King Institute of Preventive Medicine Micro-Biological Section reports 1909-11
Year: 1909
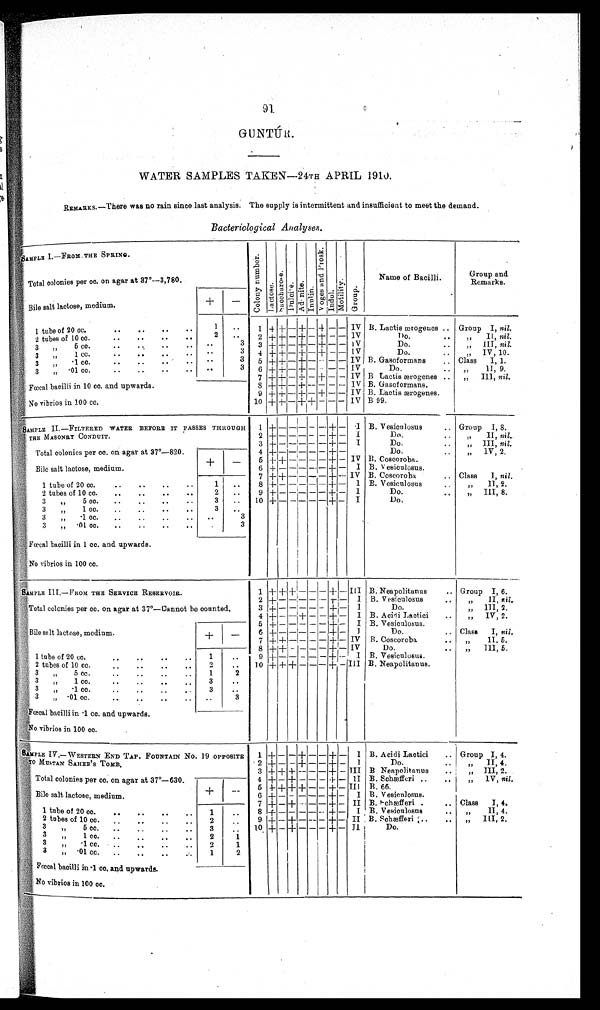
91
GUNTUR.
WATER SAMPLES TAKEN—24TH APRIL 1910.
REMARKS.—There was no rain since last analysis. The supply is intermittent and insufficient to meet the demand.
Bacteriological Analyses.
SAMPLE I.—FROM THE SPRING.
C o l o n y n u m b e r Lactose.Sa c c ha r os e .Dulcite.Adoni t e.Inulin.
V o g e s a n d P r o s k . Indol.Mot i l i t y.Group.
Name of Bacilli
Group and
Remarks.
Total colonies per cc. on agar at 37°—3,780.
Bile salt lactose, medium.
+ -
1 tube of 20 cc.
1
1 + + - + - + - -
I V B. Lactis ærogenes
Group I, nil.
2 tubes of 10 cc.
2
2 + + - + - + - -
I V
Do.
" II, nil.
3 " 5 cc.
3
3
+ + - + - + - -
I V
Do.
" III, nil.
3 " 1 cc.
3
4 + + - + - + - -
I V
Do.
" IV, 10.
3 " .1 cc.
3
5 + + - + - - - -
I V B. Gasoformans
Class I, 1.
3 " ·01 cc.
3
6 + + - + - - - -
I V
Do.
" II,9.
Fœcal bacilli in 10 cc. and upwards.
7 + + - + - + - -
I V B Lactis ærogenes
" III, nil.
8 + + - + - - - -
I V B. Gasoformans.
9 + + - + - + - -
I V B. Lactis ærogenes.
No vibrios in 100 cc.
10 + + - + + - -
-
I V B 99.
SAMPLE II.—FILTERED WATER BEFORE IT PASSES THROUGH
THE MASONRY CONDUIT.
1 + - - - - - + -
I B. Vesienlosus
Group I, 8.
2 + - - - - - + -
I
Do.
" II, nil.
Total colonies per cc. on agar at 37°—820.
3 + - - - - - + -
I
Do.
" III, nil.
4 + - - - - - + -
Do.
" 1V, 2.
Bile salt lactose, medium.
+
-
5 + + - - - - + -
I V B. Coscoroba.
6 + - - - - - + -
I B. Vesiculosus.
7
+ + - - - - + -
I V B. Coscoroba. Class I, nil .
1 tube of 20 cc.
1
8 + - - - - - + -
I B. Vesiculosus
" II,2.
2 tubes of 10 cc.
2
9 + - - - - - + -
I
Do.
" III, 8.
3 " 5 cc.
3
10 + - - - - - + -
I
Do.
3 " 1 cc.
3
3 " ·1 cc.
3
3 " ·01 cc.
3
Fœcal bacilli in 1 cc. and upwards.
No vibrios in 100 cc.
SAMPLE III.—FROM THE SERVICE RESERVOIR.
1 + + + - - - + -
I I I B. Neapolitanus
Group I, 6.
2 + - - - - - + -
I B. Vesiculosus
" II, nil..
Total colonies per cc. on agar at 37°—Cannot be counted.
3 + - - - - - + -
I
Do.
" III, 2.
4 + - - + - - + -
I B. Acidi Lactici
" IV, 2.
5 + - - - - - + -
I B. Vesiculosus.
Bile salt lactose, medium.
+
-
6 + - - - - - + -
I
Do.
Class I, nil .
7 + + - - - - + -
I V B. Coscoroba
II, 5.
8 + + - - - - + -
I V
Do.
III, 5.
1 tube of 20 cc.
1
9 + - -
- - - + -
I B. Vesiculosus.
2 tubes of 10 cc.
2
10 + + + - - - + -
I I I B. Neapolitanus.
3 " 5 cc.
1
2
3 " 1 cc.
3
3 " ·1 cc.
3
3 " ·01 cc.
3
Fœcal bacilli in ·1 cc. and upwards.
No vibrios in 100 cc.
SAMPLE IV.—WESTERN END TAP. FOUNTAIN No.19 OPPOSITE
TO MUSTAN SAHEB'S TOMB,
1
+ - - + - - + -
I B. Acidi Lactici
Group I, 4.
2 + - - + - - + -
I
Do.
" II, 4.
Total colonies per cc. on agar at 37°—630.
3
+ + + - - - + -
I I I B Neapolitanus
" III, 2.
4 + - + - - - + -
I I B. Schæfferi
" IV, nil.
5 + + + + - - + -
I I I B. 66.
Bile salt lactose, medium.
+
-
6 + - - - - - + -
I B. Vesiculosus.
7 + - + - - - + -
I I B. Schæfferi
Class I, 4.
1 tube of 20 cc.
1
8 + - - - - - + -
I B. Vesiculosus
" II, 4.
2 tubes of 10 cc.
2
9 + - + - - - + -
I I B. Schæfferi
" III, 2.
3 " 5 cc.
3
10 + - + - - - + -
I I
Do.
3 " 1 cc.
2
1
3 " ·1 cc.
2
1
3 " ·01 cc.
1
2
Fœcal bacilli in ·1 cc. and upwards.
No vibrios in 100 cc.